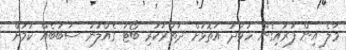
މާލެ އިން ފުރައިގެން ހުވަދު އަތޮޅަށް ދަތުރުކުރި ބޯޓު ގެއްލުނު ސަބަބެއް ކަމަށް